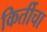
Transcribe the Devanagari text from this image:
किर्तीचा